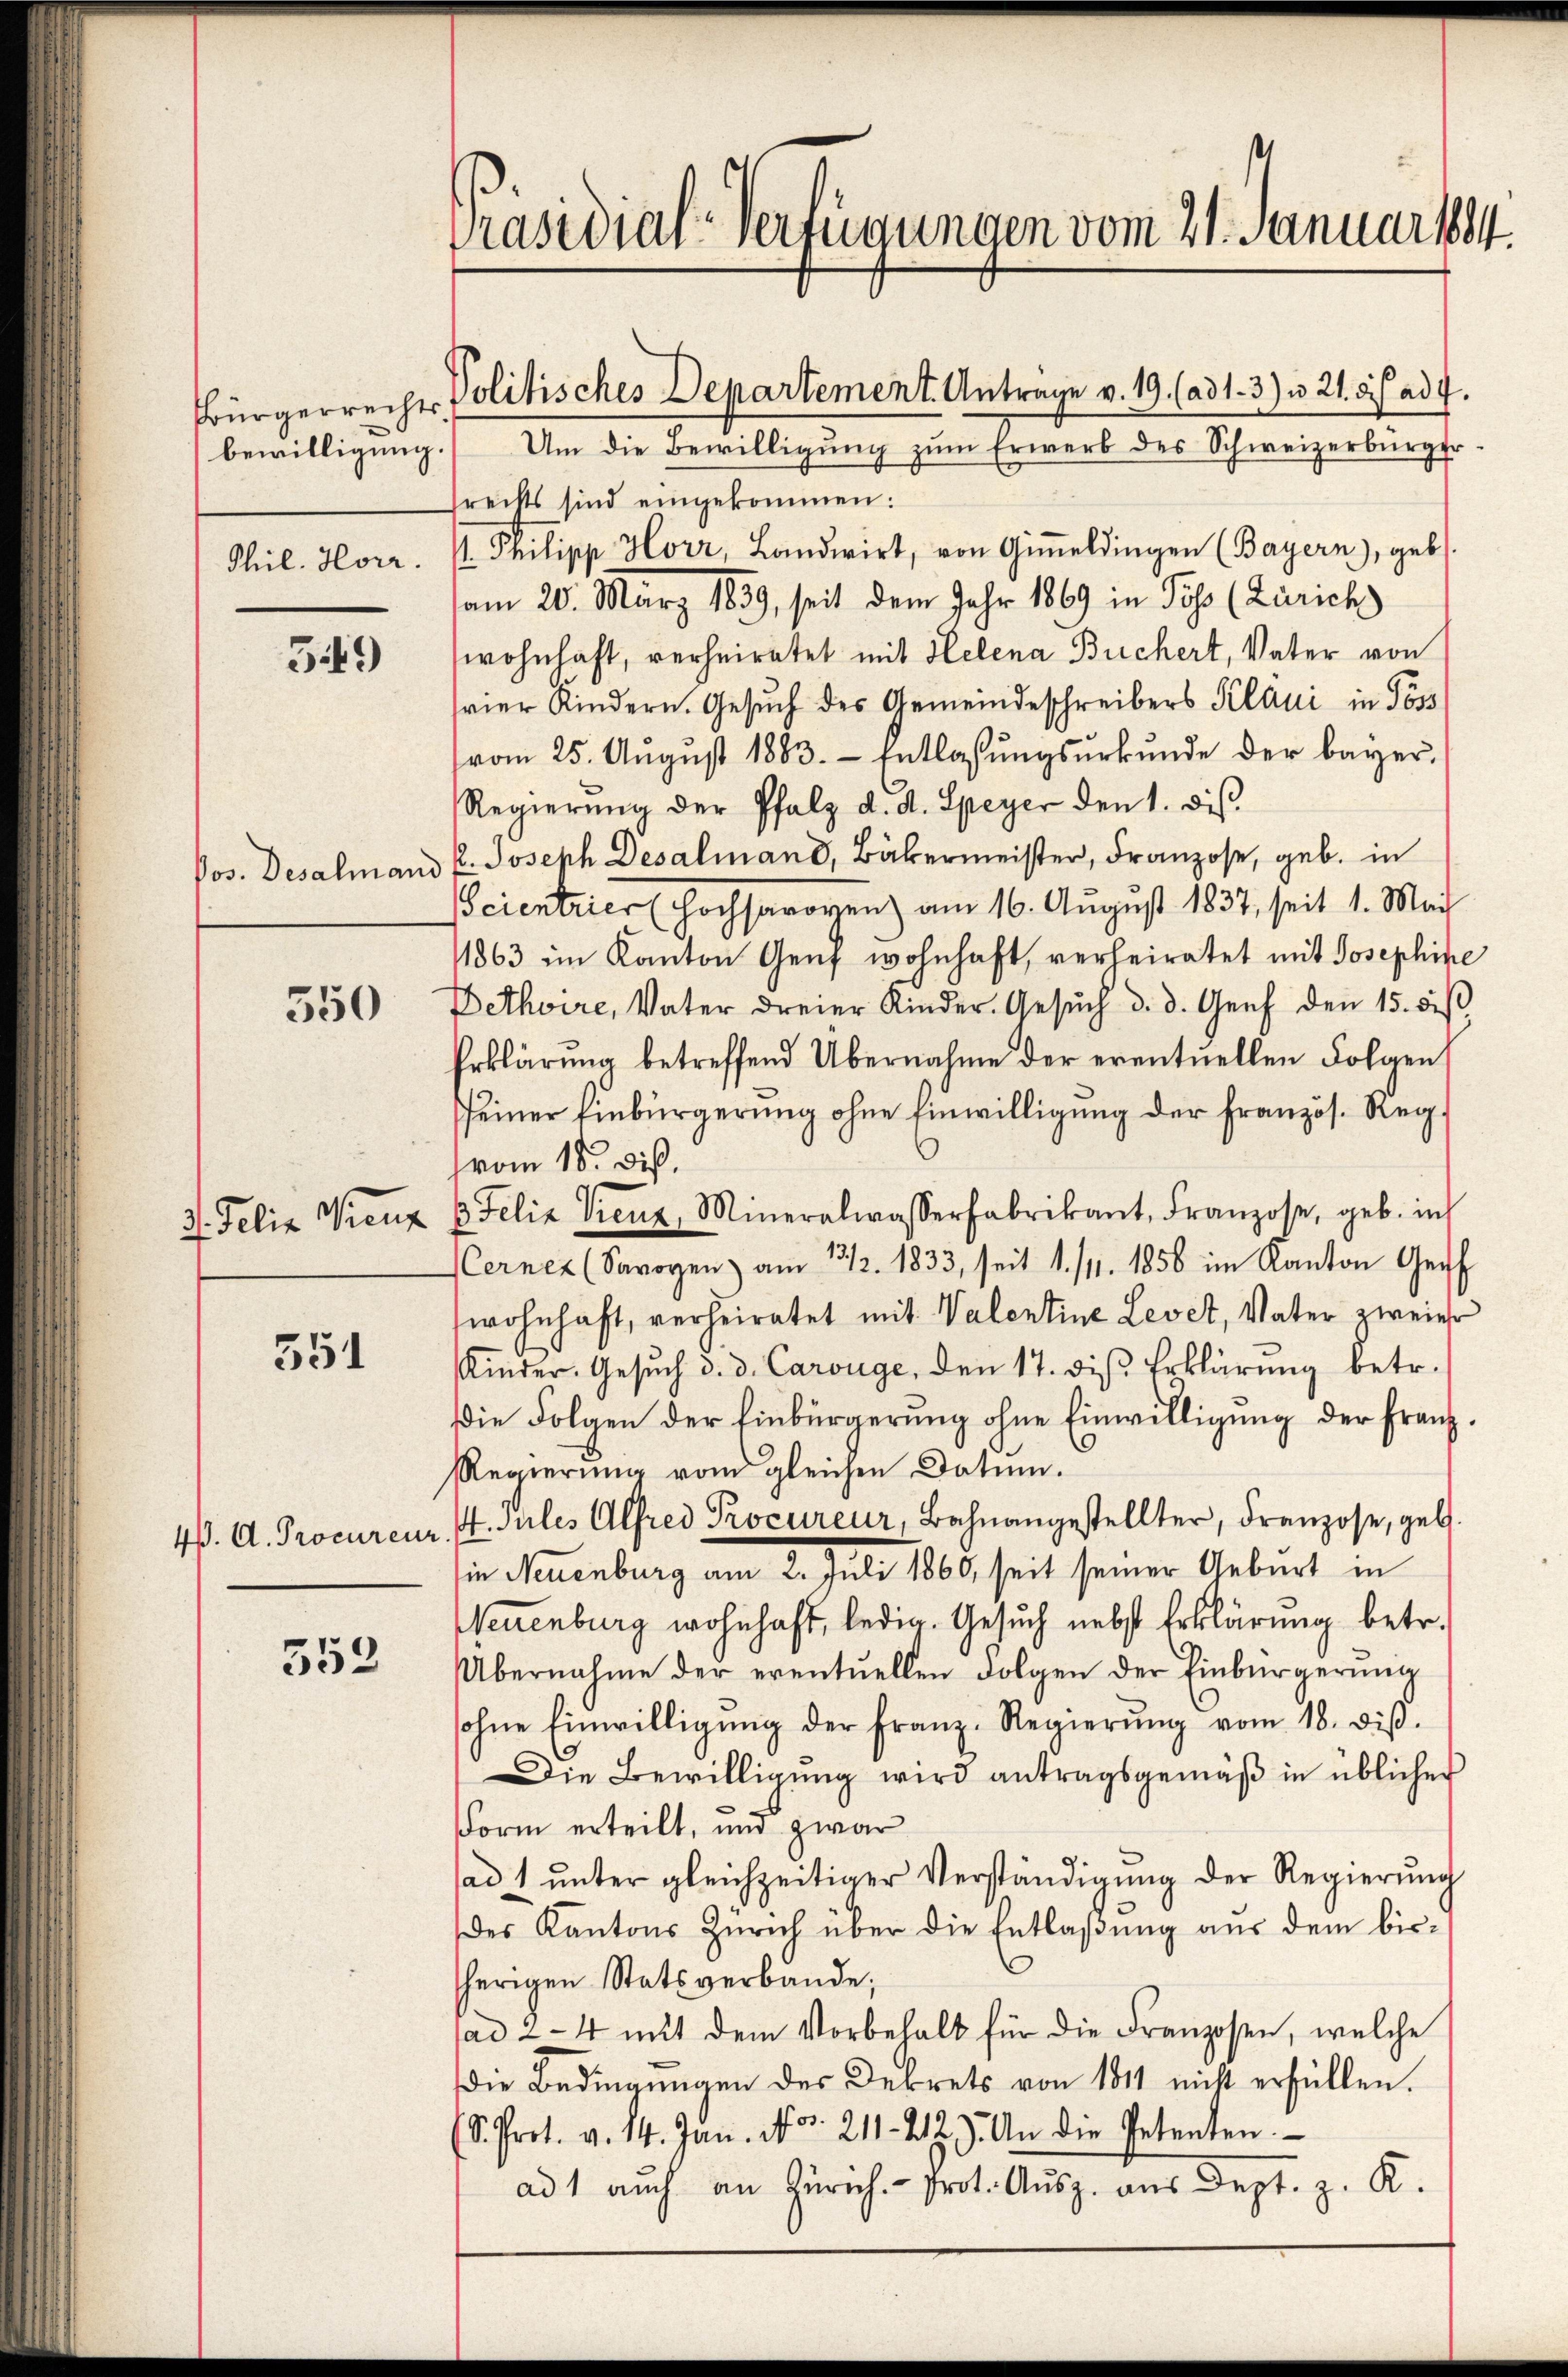
Bürgerrechts
bewilligung.
Thil. Horr.

549

Pos. Desalmand

550

2. Felix Wienz

351

4. D. Procureur

553

Präsidial-Verfügungen vom 21. Januar 1884.

Politisches Departement. Anträge v. 19. (ad 1. 3) u. 21. bis ad 4.

Um die Bewilligung zum Erwerb des Schweizerbürger
frechts sind eingekommen:
t. Philipp Horr, Landwirt, von Giṁeldingen (Bayern), geb.
vom 20. März 1839, seit dem Jahr 1869 in Piss (Zürich
wohnhaft, verheiratet mit Helena Buchert, Vater von
vier Kindern. Gesŭch des Gemeindeschreibers Klani in Poss
vom 25. August 1883. Entlassungsurkunde der bayer.
Regierŭng der Pfalz d. d. Speyer den 1. dis.
P. Joseph Desalmand, Bäkermeister, Franzose, geb. in
Scientrier (Hochsavoyen am 16. August 1837, seit 1. Mai
11863 im Kanton Genf wohnhaft, verheiratet mit Josephine
Bethoire, Vater dreier Kinder. Gesŭch d. d. Genf den 15. diβ
Erklärŭng betreffend Übernahme der eventuellen Folgen
seiner Einbürgerung ohne Einwilligung der Französ. Reg¬
(vom 18. Diß.
 Felix Vienz, Mineralwasserfabrikant Franzose, geb. in
(Cerner (Savoyen am 23/2. 1833, seit 1. /11. 1856 im Kanton Genf
wohnhaft, verheiratet mit Valentine Levet, Vater zweier
Kinder. Gesŭch d. d. Carouge, den 17. diβ. Erklärŭng betr.
Die Folgen der Einbürgerung ohne Einwilligung der Franz¬
Regierung vom gleichen Datum.
4. Jules Alfrei Procureur, Bahnangestellter, Franzose, geb.
in Neuenburg am 2. Juli 1860, seit seiner Geburt in
Neuenburg wohnhaft, ledig. Gesuch nebst Erklärung betr.
Übernahme der eventuellen Folgen der Einbürgerung
ohne Einwilligŭng der Franz-Regierŭng vom 18. diβ.
Die Bewilligung wird antragsgemäß in üblicher
Form erteilt, und zwar
sad 1 ŭnter gleichzeitiger Verständigŭng der Regierŭng
es Kantons Zürich über die Entlaßung aus dem bisherigen Statsverbande;
tad 4 mit dem Vorbehalt für die Franzosen, welche
die Bedingŭngen des Dekrets von 1811 nicht erfüllen.
(S. Prot. v. 14. Jan. No. 211. 223. An die Petenten
ad 1 aŭch an Zürich. Prot. Aŭsz. aus Dept. z. R.